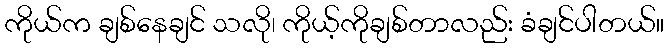
ကိုယ်က ချစ်နေချင် သလို၊ ကိုယ့်ကိုချစ်တာလည်း ခံချင်ပါတယ်။